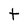
Character: t